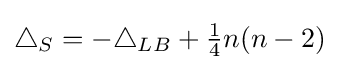
\triangle _{S}=-\triangle _{LB}+{\tfrac {1}{4}}n(n-2)